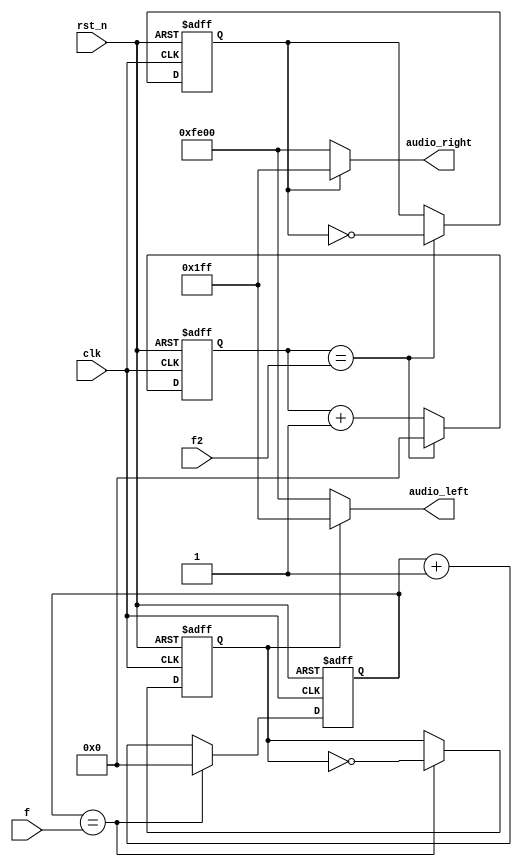
module buzzer(clk, rst_n, f, f2, audio_left, audio_right);
    input clk; 
    input rst_n; 
    input [21:0]f; 
    input [21:0]f2;
    output wire [15:0]audio_left; 
    output wire [15:0]audio_right; 

    reg [21:0]clk_cnt_next;
    reg [21:0]clk_cnt;
    reg [21:0]clk_cnt2_next;
    reg [21:0]clk_cnt2;
    reg b_clk, b_clk_next;
    reg b_clk2, b_clk2_next;

    always @*
         if (clk_cnt == f) begin
            clk_cnt_next = 22'd0;
            b_clk_next = ~b_clk;
        end
        else begin
            clk_cnt_next = clk_cnt + 1'b1;
            b_clk_next = b_clk;
        end
        
        always @*
             if (clk_cnt2 == f2) begin
                clk_cnt2_next = 22'd0;
                b_clk2_next = ~b_clk2;
            end
            else begin
                clk_cnt2_next = clk_cnt2 + 1'b1;
                b_clk2_next = b_clk2;
            end    
        
        always @(posedge clk or negedge rst_n)
            if (~rst_n) begin
                clk_cnt <= 22'd0;
                b_clk <= 1'b0;
                clk_cnt2 <= 22'd0;
                b_clk2 <= 1'b0;
            end
            else begin
                clk_cnt <= clk_cnt_next;
                b_clk <= b_clk_next;
                clk_cnt2 <= clk_cnt2_next;
                b_clk2 <= b_clk2_next;
            end
          
        assign audio_left = (b_clk == 1'b0) ? 16'hFE00 : 16'h01FF;
        assign audio_right = (b_clk2 == 1'b0) ? 16'hFE00 : 16'h01FF;
    
endmodule